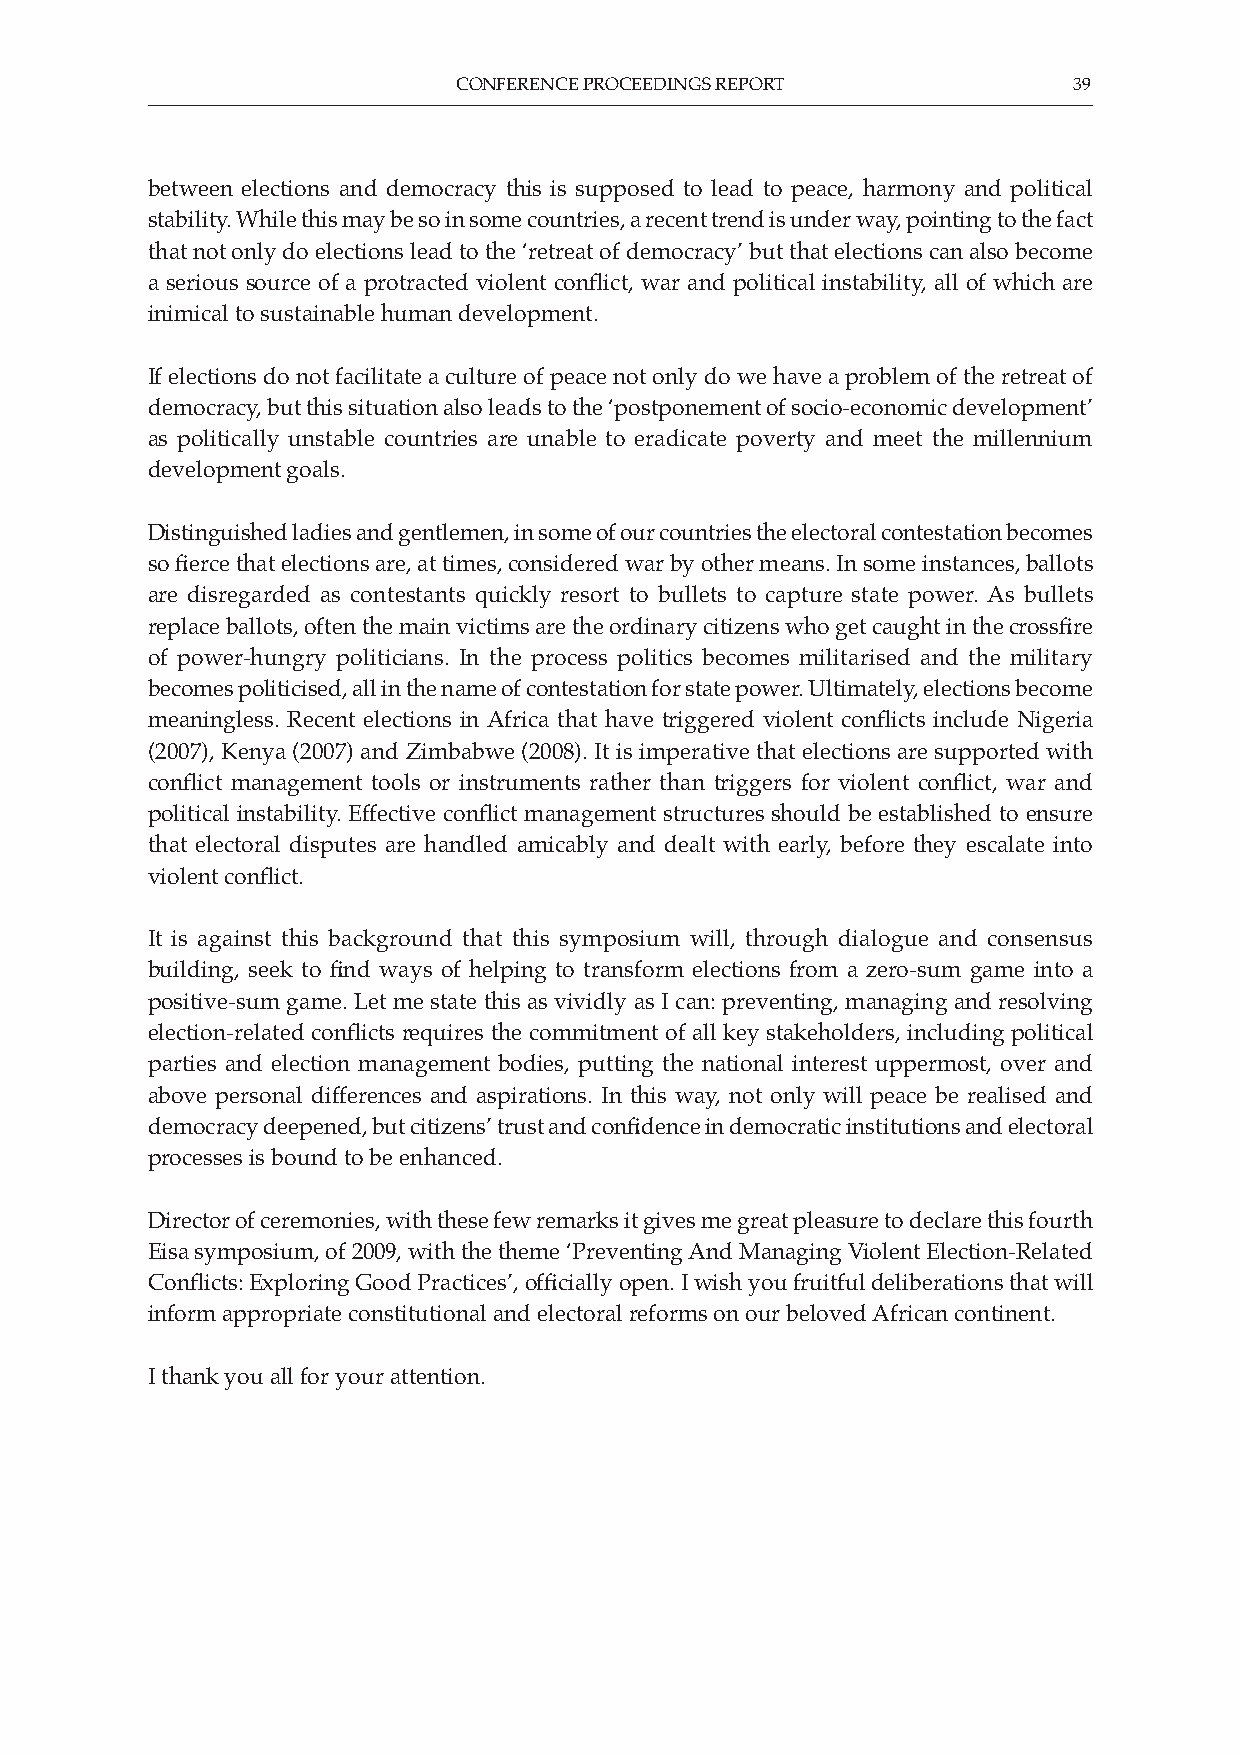
CONFERENCE PROCEEDINGS REPORT            39
 between elections and democracy this is supposed to lead to peace, harmony and political
 stability. While this may be so in some countries, a recent trend is under way, pointing to the fact
 that not only do elections lead to the ‘retreat of democracy’ but that elections can also become
 a serious source of a protracted violent conflict, war and political instability, all of which are
 inimical to sustainable human development.
 If elections do not facilitate a culture of peace not only do we have a problem of the retreat of
 democracy, but this situation also leads to the ‘postponement of socio-economic development’
 as politically unstable countries are unable to eradicate poverty and meet the millennium
 development goals.
 Distinguished ladies and gentlemen, in some of our countries the electoral contestation becomes
 so fierce that elections are, at times, considered war by other means. In some instances, ballots
 are disregarded as contestants quickly resort to bullets to capture state power. As bullets
 replace ballots, often the main victims are the ordinary citizens who get caught in the crossfire
 of power-hungry politicians. In the process politics becomes militarised and the military
 becomes politicised, all in the name of contestation for state power. Ultimately, elections become
 meaningless. Recent elections in Africa that have triggered violent conflicts include Nigeria
 (2007), Kenya (2007) and Zimbabwe (2008). It is imperative that elections are supported with
 conflict management tools or instruments rather than triggers for violent conflict, war and
 political instability. Effective conflict management structures should be established to ensure
 that electoral disputes are handled amicably and dealt with early, before they escalate into
 violent conflict.
 It is against this background that this symposium will, through dialogue and consensus
 building, seek to find ways of helping to transform elections from a zero-sum game into a
 positive-sum game. Let me state this as vividly as I can: preventing, managing and resolving
 election-related conflicts requires the commitment of all key stakeholders, including political
 parties and election management bodies, putting the national interest uppermost, over and
 above personal differences and aspirations. In this way, not only will peace be realised and
 democracy deepened, but citizens’ trust and confidence in democratic institutions and electoral
 processes is bound to be enhanced.
 Director of ceremonies, with these few remarks it gives me great pleasure to declare this fourth
 Eisa symposium, of 2009, with the theme ‘Preventing And Managing Violent Election-Related
 Conflicts: Exploring Good Practices’, officially open. I wish you fruitful deliberations that will
 inform appropriate constitutional and electoral reforms on our beloved African continent.
 I thank you all for your attention.